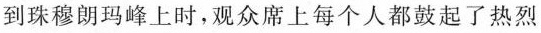
到珠穆朗玛峰上时，观众席上每个人都鼓起了热烈